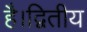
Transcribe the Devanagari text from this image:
है।द्वितीय